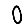
Digit: 0